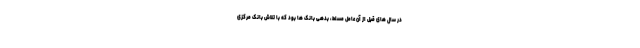
در سال های قبل از آن عامل مسلط، بدهی بانک ها بود که با تلاش بانک مرکزی